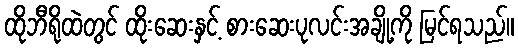
ထိုဘီရိုထဲတွင် ထိုးဆေးနှင့် စားဆေးပုလင်းအချို့ကို မြင်ရသည်။